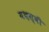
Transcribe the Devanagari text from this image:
यश़स्वी